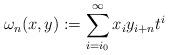
LaTeX: \begin{align*}\omega_n(x,y):=\sum_{i=i_0}^\infty x_iy_{i+n}t^i\end{align*}